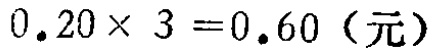
\(0.20\times 3 = 0.60\)（元）